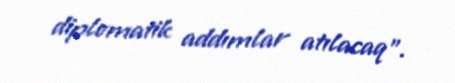
diplomatik addımlar atılacaq”.